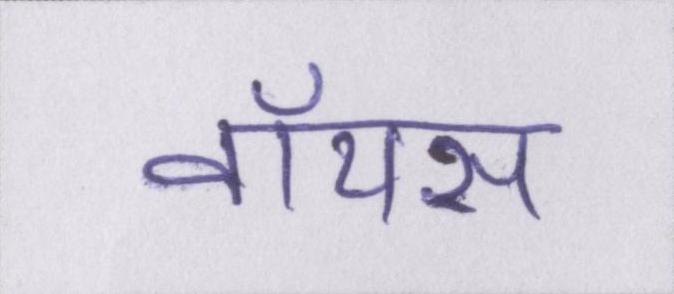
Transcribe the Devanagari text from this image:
वॉयस